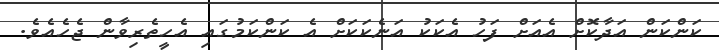
ކަންކަން އަދާކޮށް އެއަށް ފަހު އެކަކު އަނެކަކަށް އެ ކަންކަމުގައި އެހީތެރިވާން ޖެހެއެވެ.